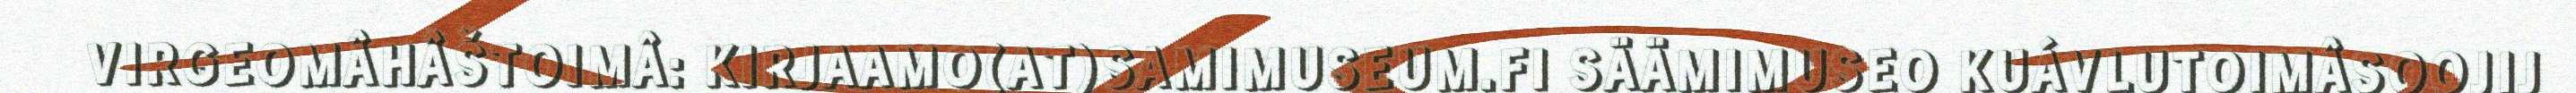
VIRGEOMÂHÂŠTOIMÂ: KIRJAAMO(AT)SAMIMUSEUM.FI SÄÄMIMUSEO KUÁVLUTOIMÂSOOJIJ